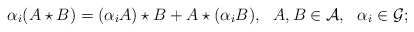
\begin{align*}\alpha _i(A\star B)=(\alpha _iA)\star B+A\star (\alpha _i B),~~A,B \in {\cal A},~~\alpha _i\in {\cal G};\end{align*}